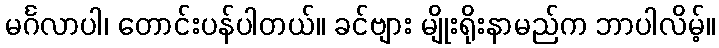
မင်္ဂလာပါ၊ တောင်းပန်ပါတယ်။ ခင်ဗျား မျိုးရိုးနာမည်က ဘာပါလိမ့်။